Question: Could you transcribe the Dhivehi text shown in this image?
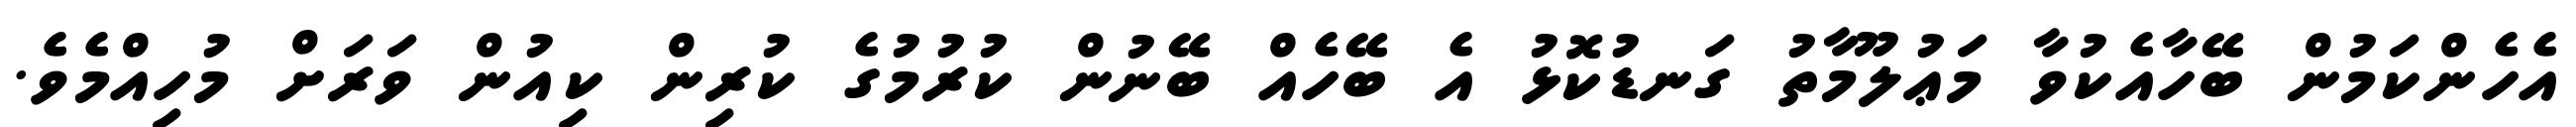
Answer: އެހެންކަމުން ބޭހާއެކުވާ މަޢުލޫމާތު ގަނޑުކޮޅު އެ ބޭހެއް ބޭނުން ކުރުމުގެ ކުރިން ކިއުން ވަރަށް މުހިއްމެވެ.